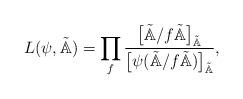
LaTeX: \begin{align*}L(\psi,\tilde{\mathbb{A}})=\prod_{f}\frac{\big[\tilde{\mathbb{A}}/f\tilde{\mathbb{A}}\big]_{\tilde{\mathbb{A}}}}{\big[\psi(\tilde{\mathbb{A}}/ f \tilde{\mathbb{A}})\big]_{\tilde{\mathbb{A}}}},\end{align*}